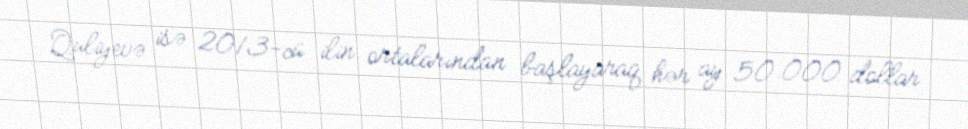
Quliyevə isə 2013-cü ilin ortalarından başlayaraq hər ay 50.000 dollar